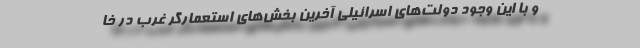
و با این وجود دولت‌های اسرائیلی آخرین بخش‌های استعمارگر غرب در خا